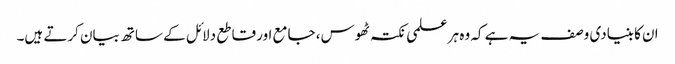
ان کا بنیادی وصف یہ ہے کہ وہ ہر علمی نکتہ ٹھوس، جامع اور قاطع دلائل کے ساتھ بیان کرتے ہیں۔